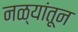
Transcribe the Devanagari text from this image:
नळ्यांतून